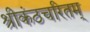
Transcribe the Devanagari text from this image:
श्रीकंठचरितम्‌